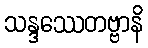
သန္ဒဿေတဗ္ဗာနိ